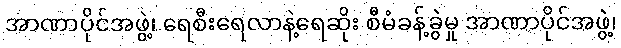
အာဏာပိုင်အဖွဲ့၊ ရေစီးရေလာနဲ့ရေဆိုး စီမံခန့်ခွဲမှု အာဏာပိုင်အဖွဲ့၊